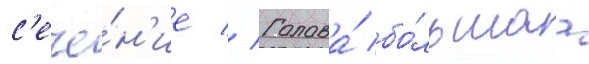
с'ече́н'ие // Голова́ бо́льшаа